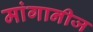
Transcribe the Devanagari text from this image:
मांगानीज